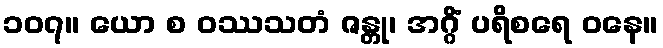
၁၀၇။ ယော စ ဝဿသတံ ဇန္တု၊ အဂ္ဂိံ ပရိစရေ ဝနေ။